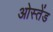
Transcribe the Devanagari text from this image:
ओस्तेंड